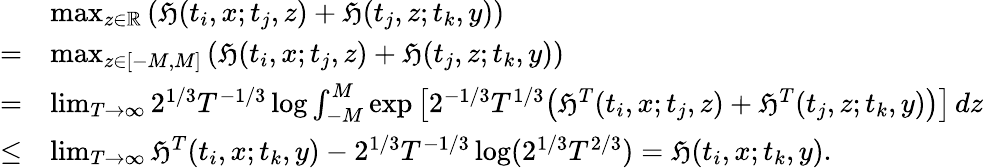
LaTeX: \begin{array}{rl}&{\operatorname*{max}_{z\in\mathbb{R}}\left(\mathfrak{H}(t_{i},x;t_{j},z)+\mathfrak{H}(t_{j},z;t_{k},y)\right)}\\ {=}&{\operatorname*{max}_{z\in[-M,M]}\left(\mathfrak{H}(t_{i},x;t_{j},z)+\mathfrak{H}(t_{j},z;t_{k},y)\right)}\\ {=}&{\operatorname*{lim}_{T\to\infty}2^{1/3}T^{-1/3}\log\int_{-M}^{M}\exp\big[2^{-1/3}T^{1/3}\big(\mathfrak{H}^{T}(t_{i},x;t_{j},z)+\mathfrak{H}^{T}(t_{j},z;t_{k},y)\big)\big]\, dz}\\ {\leq}&{\operatorname*{lim}_{T\to\infty}\mathfrak{H}^{T}(t_{i},x;t_{k},y)-2^{1/3}T^{-1/3}\log(2^{1/3}T^{2/3})=\mathfrak{H}(t_{i},x;t_{k},y).}\end{array}